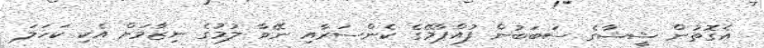
އެގޮތުން ޝީޝާގެ ސަބަބުން ފުއްޕާމޭގެ ކެންސަރާއި ނޭވާ ލުމުގެ ނިޒާމަށް އެކި ކަހަލަ